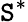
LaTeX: \mathtt{S}^{\ast}